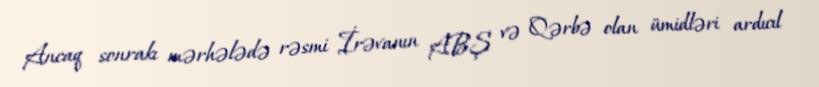
Ancaq sonrakı mərhələdə rəsmi İrəvanın ABŞ və Qərbə olan ümidləri ardıcıl